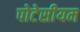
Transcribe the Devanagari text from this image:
पोटेसीयम